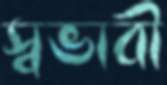
স্বভাবী